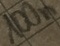
Text: 100n